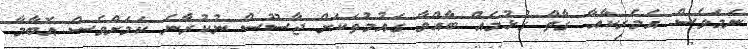
ނަމަވެސް އެމެރިކާއާ ގާތް ގުޅުމެއް ބާއްވާ ގައުމުތަކަށް ޖާސޫސް ނުކުރާނެ ކަމަށްވެސް އޮބާމާ